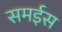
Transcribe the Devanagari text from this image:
समईस